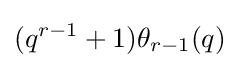
(q^{r-1}+1)\theta _{r-1}(q)